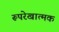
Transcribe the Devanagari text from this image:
रूपरेखात्मक